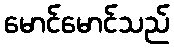
မောင်မောင်သည်